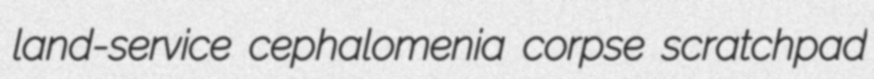
land-service cephalomenia corpse scratchpad